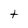
Character: t